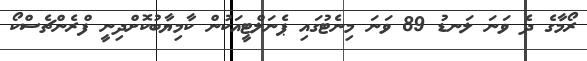
ރޯމާގެ ދެ ވަނަ ލަނޑު 89 ވަނަ މިނެޓުގައި ޕެނަލްޓީއަކުން ކާމިޔާބުކޮށްދިނީ ފްރެންޗެސްކޯ